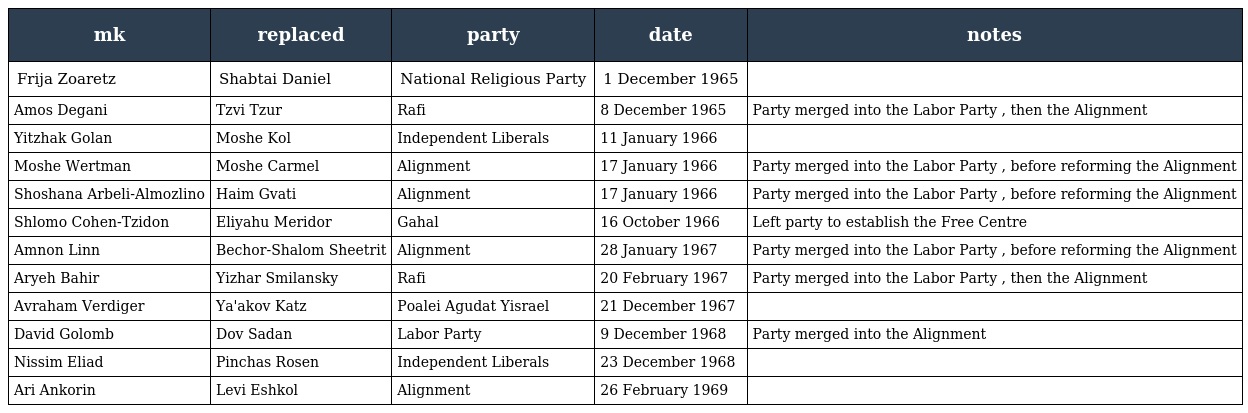
| mk | replaced | party | date | notes |
 | --- | --- | --- | --- | --- |
 | Frija Zoaretz | Shabtai Daniel | National Religious Party | 1 December 1965 |  |
 | Amos Degani | Tzvi Tzur | Rafi | 8 December 1965 | Party merged into the Labor Party , then the Alignment |
 | Yitzhak Golan | Moshe Kol | Independent Liberals | 11 January 1966 |  |
 | Moshe Wertman | Moshe Carmel | Alignment | 17 January 1966 | Party merged into the Labor Party , before reforming the Alignment |
 | Shoshana Arbeli-Almozlino | Haim Gvati | Alignment | 17 January 1966 | Party merged into the Labor Party , before reforming the Alignment |
 | Shlomo Cohen-Tzidon | Eliyahu Meridor | Gahal | 16 October 1966 | Left party to establish the Free Centre |
 | Amnon Linn | Bechor-Shalom Sheetrit | Alignment | 28 January 1967 | Party merged into the Labor Party , before reforming the Alignment |
 | Aryeh Bahir | Yizhar Smilansky | Rafi | 20 February 1967 | Party merged into the Labor Party , then the Alignment |
 | Avraham Verdiger | Ya'akov Katz | Poalei Agudat Yisrael | 21 December 1967 |  |
 | David Golomb | Dov Sadan | Labor Party | 9 December 1968 | Party merged into the Alignment |
 | Nissim Eliad | Pinchas Rosen | Independent Liberals | 23 December 1968 |  |
 | Ari Ankorin | Levi Eshkol | Alignment | 26 February 1969 |  |